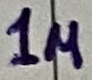
Text: 1u